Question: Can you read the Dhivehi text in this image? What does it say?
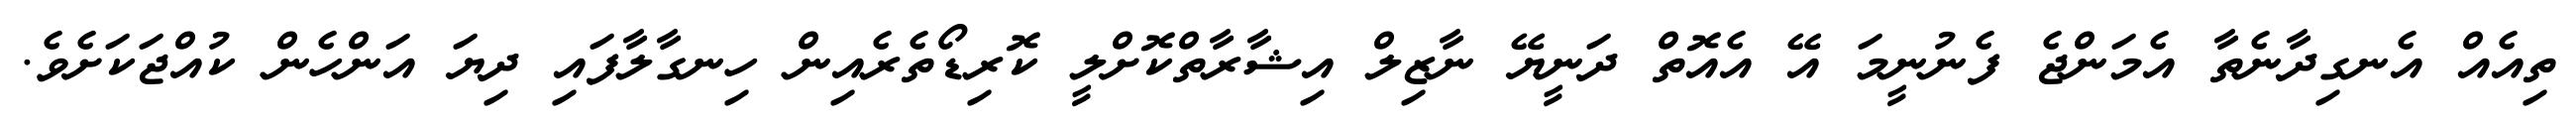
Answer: ތިއެއް އެނގިދާނެތާ އެމަންޖެ ފެނުނީމަ އޭ އެއޮތް ދަނީޔޭ ނާޒިލް އިޝާރާތްކޮށްލީ ކޮރިޑޯތެރެއިން ހިނގާލާފައި ދިޔަ އަންހެން ކުއްޖަކަށެވެ.